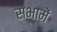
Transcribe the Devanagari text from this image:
सभामें